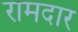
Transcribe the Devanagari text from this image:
रामदार